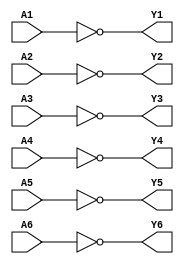


//7404 Hex inverter
module ic_7404(
    Y1, A1,
    Y2, A2,
    Y3, A3,
    Y4, A4,
    Y5, A5,
    Y6, A6);
    output Y1, Y2, Y3, Y4, Y5, Y6;
    input A1, A2, A3, A4, A5, A6;

    assign Y1 = ~A1;
    assign Y2 = ~A2;
    assign Y3 = ~A3;
    assign Y4 = ~A4;
    assign Y5 = ~A5;
    assign Y6 = ~A6;

endmodule